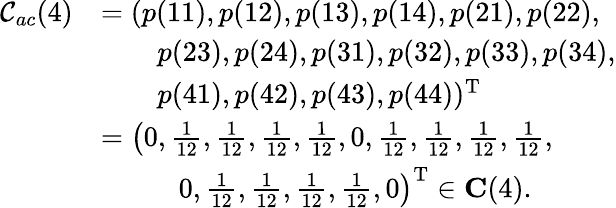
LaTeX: \begin{array}{rl}{\mathcal{C}_{ac}(4)}&{=(p(11),p(12),p(13),p(14),p(21),p(22),}\\ &{~~~~~~~~p(23),p(24),p(31),p(32),p(33),p(34),}\\ &{~~~~~~~~p(41),p(42),p(43),p(44))^{\mathrm{T}}}\\ &{=\left(0,\frac{1}{12},\frac{1}{12},\frac{1}{12},\frac{1}{12},0,\frac{1}{12},\frac{1}{12},\frac{1}{12},\frac{1}{12},\right.}\\ &{~~~~~~~~~~~\left.0,\frac{1}{12},\frac{1}{12},\frac{1}{12},\frac{1}{12},0\right)^{\mathrm{T}}\in\mathbf{C}(4).}\end{array}